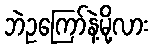
ဘဲဥကြော်နဲ့မို့လား